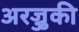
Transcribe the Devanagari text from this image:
अरज्जुकी